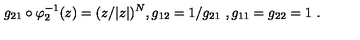
g _ { 2 1 } \circ \varphi _ { 2 } ^ { - 1 } ( z ) = ( z / | z | ) ^ { N } , g _ { 1 2 } = 1 / g _ { 2 1 } \ , g _ { 1 1 } = g _ { 2 2 } = 1 \ .